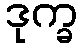
ဒုက္ခ